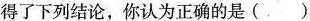
得了下列结论，你认为正确的是()